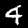
Digit: 4